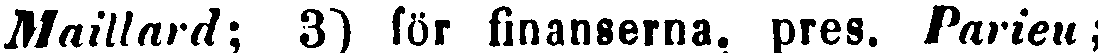
Maillard; 3) för finanserna, pres. Parieu ;